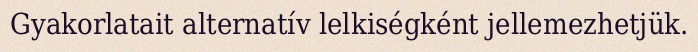
Gyakorlatait alternatív lelkiségként jellemezhetjük.